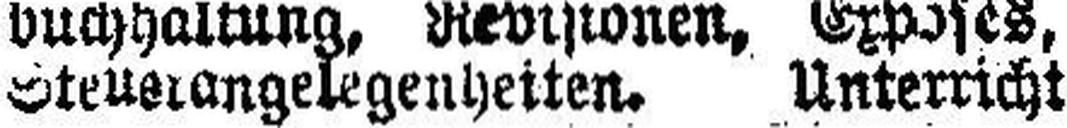
Steuerangelegenheiten. Unterricht